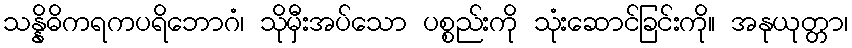
သန္နိဓိကရကပရိဘောဂံ၊ သိုမှီးအပ်သော ပစ္စည်းကို သုံးဆောင်ခြင်းကို။ အနုယုတ္တာ၊